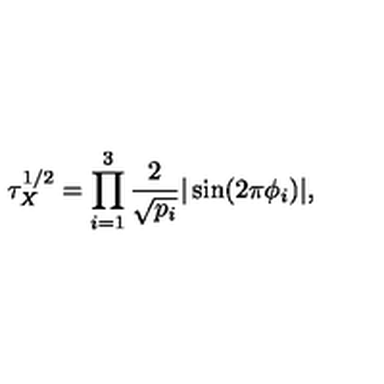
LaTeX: \tau _ { X } ^ { 1 / 2 } = \prod _ { i = 1 } ^ { 3 } \frac { 2 } { \sqrt { p _ { i } } } | \sin ( 2 \pi \phi _ { i } ) | ,